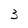
Character: 3